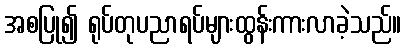
အစပြု၍ ရုပ်တုပညာရပ်များထွန်းကားလာခဲ့သည်။